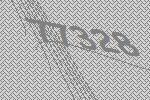
77328